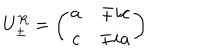
U _ { \pm } ^ { R } = \left( \begin{array} { c c } { { a } } & { { \mp i c } } \\ { { c } } & { { \mp i a } } \\ \end{array} \right)